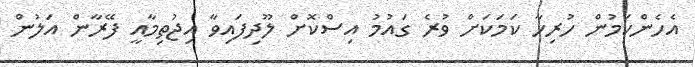
އެހެންކަމުން ހުރިހާ ކަމަކަށް ވުރެ ގައުމު އިސްކޮށް ލޫދިފައިވާ އިޖުތިމާއީ ފޭރާން އަލުން